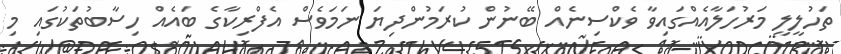
ތަހުލީލީ މަރުހަލާއެއްގައިވާ ވެކްސިނެއް ބޭނުން ކުރަމުންދިޔަ ނަމަވެސް އެފްރިކާގެ ބައެއް ހިސާބުތަކުގައި މި